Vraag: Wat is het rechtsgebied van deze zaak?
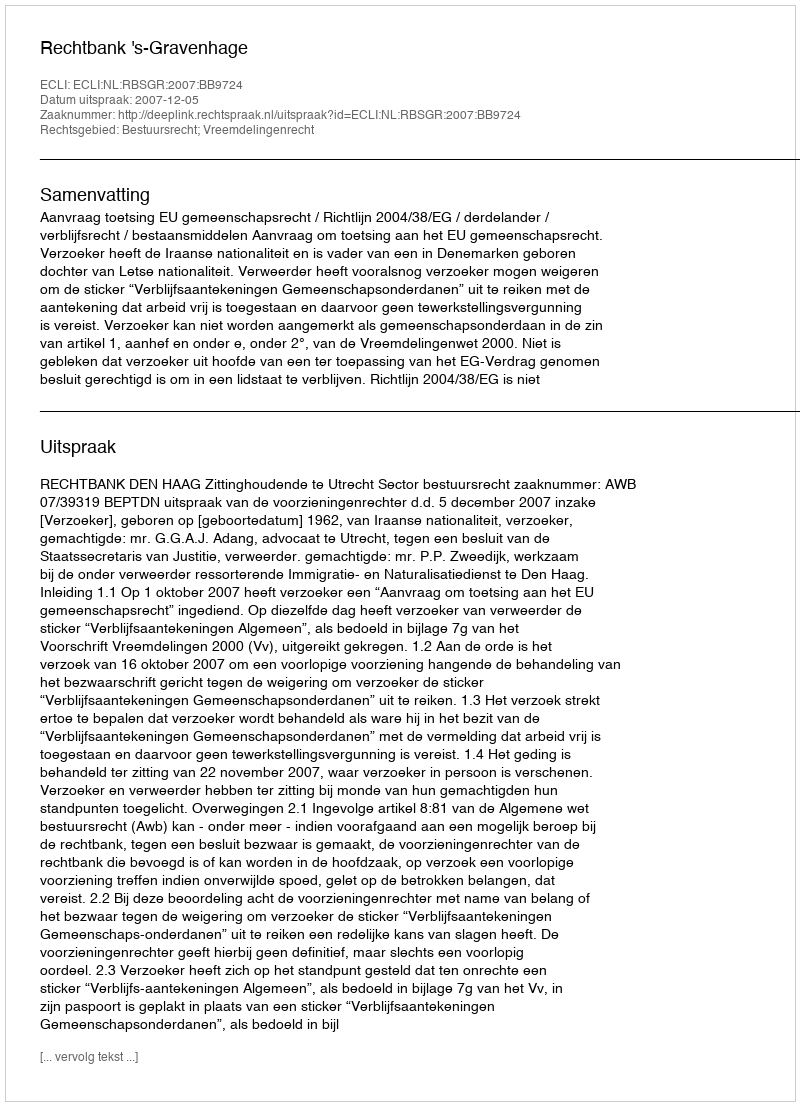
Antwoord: Bestuursrecht; Vreemdelingenrecht